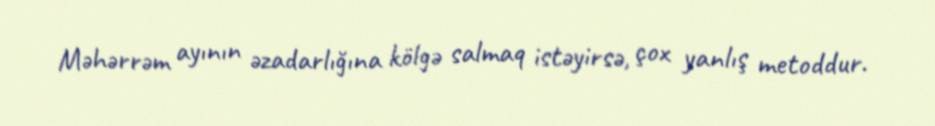
Məhərrəm ayının əzadarlığına kölgə salmaq istəyirsə, çox yanlış metoddur.